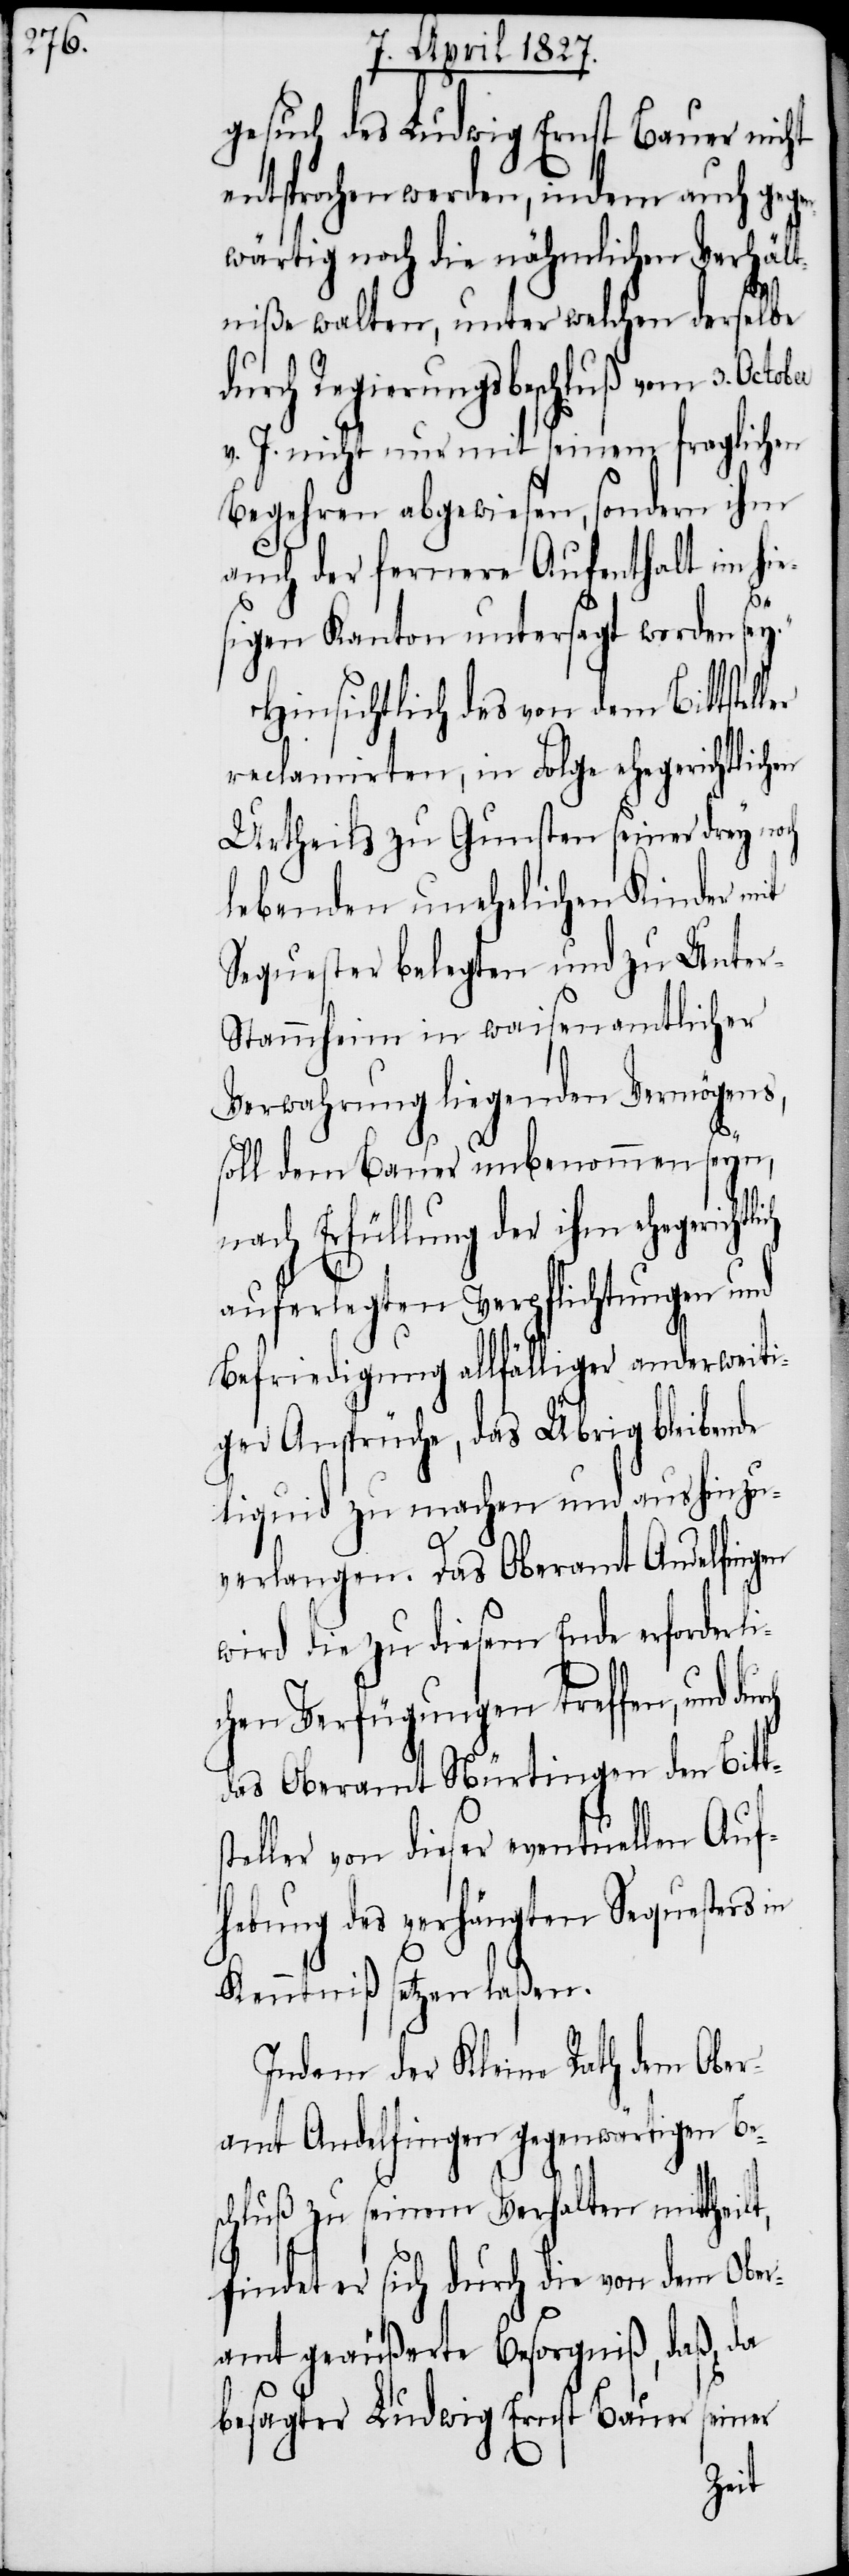
gesuch des Ludwig Ernst Bauer nicht
entsprochen werden, indem auch gege¬
nwärtig noch die nähmlichen Verhält¬
niße walten, unter welchen derselbe
durch Regierungsbeschluß vom 3.
v. J. nicht nur mit seinem fraglichen
Begehren abgewiesen, sondern ihm
auch der fernere Aufenthalt im hie¬
sigen Kanton untersagt worden sey.“
Hinsichtlich des von dem Bittstel¬
reclamirten, in Folge ehegerichtlichen
Urtheils zu Gunsten seiner drey noch
lebenden unehelichen Kinder mit
Sequester belegten und zu Unte¬
r-Stammheim in waisenamtlicher
Verwahrung liegenden Vermögens,
st¬
soll dem Bauer unbenommen seyn,
nach Erfüllung der ihm ehegerich¬
auferlegten Verpflichtungen und
Befriedigung allfälliger anderweiti¬
ger Ansprüche, das Übrig bleibende
liquid zu machen und aushinzu¬
verlangen. Das Oberamt Andelfingen
wird die zu diesem Ende erforderli¬
chen Verfügungen treffen, und
das Oberamt Nürtingen den Bitt¬
eller von dieser eventuellen Auf¬
hebung des verhängten Sequesters in
Kenntniß setzen laßen.
Indem der Kleine Rath dem Ober¬
amt Andelfingen gegenwärtigen Be¬
schluß zu seinem Verhalten mittheilt,
findet er sich durch die von dem Ober¬
amt geäußerte Besorgniß, daß da
seiner
besagter Ludwig Ernst Bauer
tlich